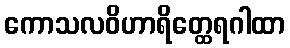
ကောသလဝိဟာရိတ္ထေရဂါထာ